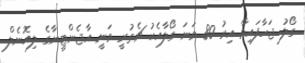
ގޯލު ޖަހާފައިވާ އިރު 80 ވަނަ ގޯލާއެކު ޗެތުރީ ވަނީ އާޖެންޓީނާގެ ލިއޮނެލް